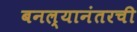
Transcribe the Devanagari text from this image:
बनल्यानंतरची